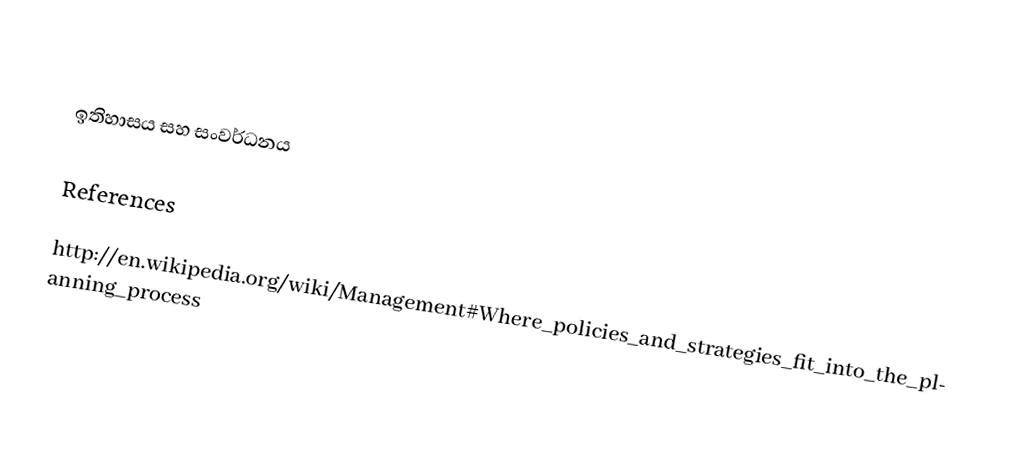

ඉතිහාසය සහ සංවර්ධනය

References

http://en.wikipedia.org/wiki/Management#Where_policies_and_strategies_fit_into_the_planning_process